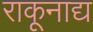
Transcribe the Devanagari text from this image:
राकूनाद्य